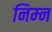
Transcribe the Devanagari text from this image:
निम्‍न